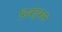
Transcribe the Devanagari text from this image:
निघंटुकार